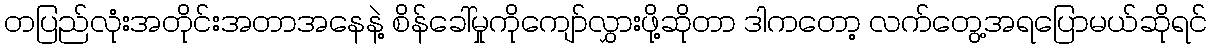
တပြည်လုံးအတိုင်းအတာအနေနဲ့ စိန်ခေါ်မှုကိုကျော်လွှားဖို့ဆိုတာ ဒါကတော့ လက်တွေ့အရပြောမယ်ဆိုရင်